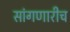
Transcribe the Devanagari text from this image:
सांगणारीच